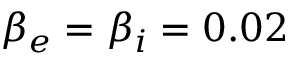
\beta _ { e } = \beta _ { i } = 0 . 0 2